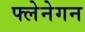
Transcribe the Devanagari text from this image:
फ्लेनेगन